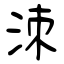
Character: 洓